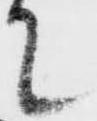
て